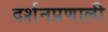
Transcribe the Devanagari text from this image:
दर्शनप्रणाली